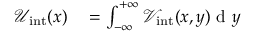
\begin{array} { r l } { \mathcal { U } _ { \mathrm { i n t } } ( x ) } & { { } = \int _ { - \infty } ^ { + \infty } \mathcal { V } _ { \mathrm { i n t } } ( x , y ) \mathrm { ~ d ~ } y } \end{array}